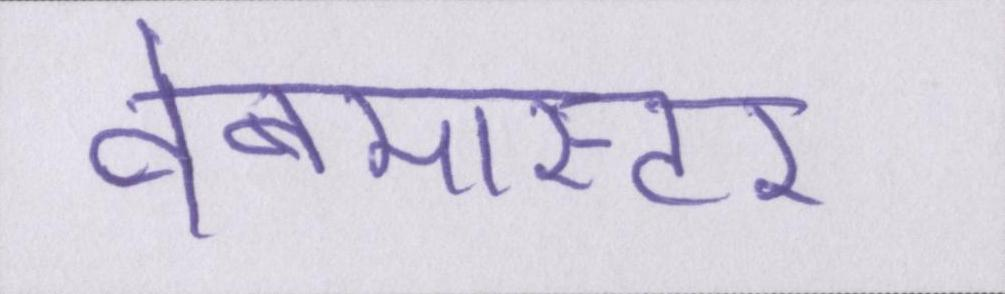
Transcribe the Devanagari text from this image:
वेबमास्टर